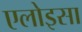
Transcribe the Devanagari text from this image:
एलोइसा